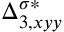
{ \Delta } _ { 3 , x y y } ^ { \sigma * }